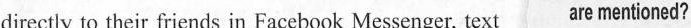
directly to their friends in Facebook Messenger, text are mentioned?